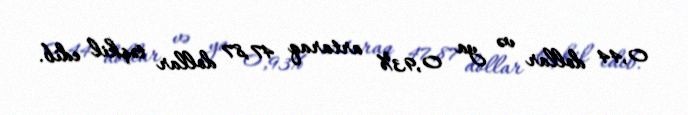
0,44 dollar və ya 0,93% artaraq 47,87 dollar təşkil edib.